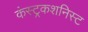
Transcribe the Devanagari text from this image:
कंस्ट्रकशनिस्ट